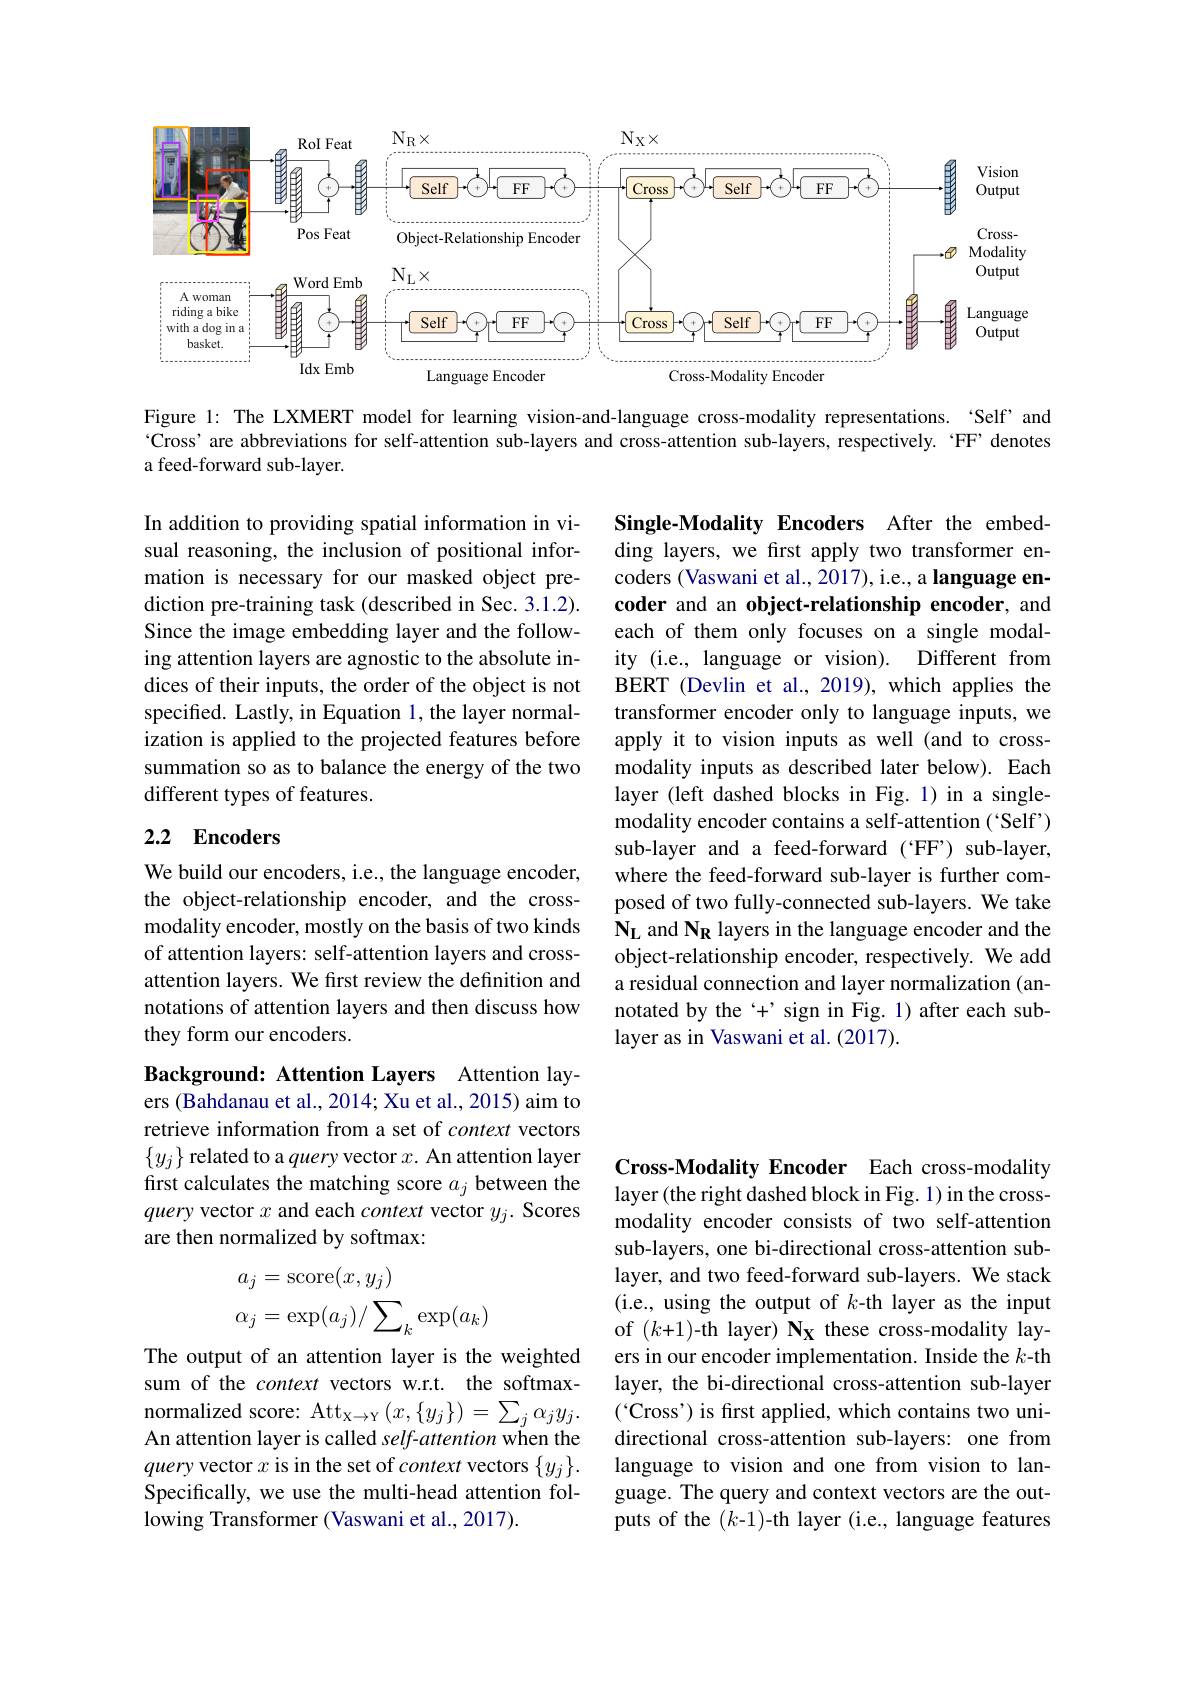
<FigureHere>

Figure 1: The LXMERT model for learning vision-and-language cross-modality representations. 'Self’and °Cross' are abbreviations for self-attention sub-layers and cross-attention sub-layers, respectively.`FF’denotes a feed-forward sub-layer.

In addition to providing spatial information in visual reasoning, the inclusion of positional information is necessary for our masked object prediction pre-training task (described in Sec. 3.1.2). Since the image embedding layer and the following attention layers are agnostic to the absolute indices of their inputs, the order of the object is not specifed. Lastly, in Equation 1, the layer normalization is applied to the projected features before summation so as to balance the energy of the two different types of features.

Single-Modality Encoders After the embedding layers, we first apply two transformer encoders (Vaswani et al., 2017), i.e., a language encoder and an object-relationship encoder, and each of them only focuses on a single modality (i.e., language or vision). Different from BERT (Devlin et al., 2019), which applies the transformer encoder only to language inputs, we apply it to vision inputs as well (and to crossmodality inputs as described later below). Each layer (left dashed blocks in Fig. 1) in a singlemodality encoder contains a self-attention (`Self') sub-layer and a feed-forward ('FF') sub-layer, where the feed-forward sub-layer is further composed of two fully-connected sub-layers. We take NL and NR layers in the language encoder and the object-relationship encoder, respectively. We add a residual connection and layer normalization (annotated by the $`+'$ sign in Fig. 1) after each sublayer as in Vaswani et al. (2017).

## 2.2 Encoders

We build our encoders, i.e., the language encoder, the object-relationship encoder, and the crossmodality encoder, mostly on the basis of two kinds of attention layers: self-attention layers and crossattention layers. We fırst review the defınition and notations of attention layers and then discuss how they form our encoders.

Background: Attention Layers Attention layers (Bahdanau et al., 2014; Xu et al., 2015) aim to retrieve information from a set of context vectors $\{y_j\}$ related to a query vector $x.$ An attention layer first calculates the matching score $a_j$ between the query vector $x$ and each context vector $y_j.$ Scores are then normalized by softmax:
$$\begin{aligned}a_j&=\operatorname{score}(x,y_j)\\\alpha_j&=\exp(a_j)/\sum_k\exp(a_k)\end{aligned}$$
Cross-Modality Encoder Each cross-modality layer (the right dashed block in Fig. 1) in the crossmodality encoder consists of two self-attention sub-layers, one bi-directional cross-attention sublayer, and two feed-forward sub-layers. We stack (i.e., using the output of $k$-th layer as the input of $(k+1)$-th layer) $\mathbf{N_X}$ these cross-modality layers in our encoder implementation. Inside the $k$-th layer, the bi-directional cross-attention sub-layer ('Cross') is first applied, which contains two unidirectional cross-attention sub-layers: one from language to vision and one from vision to language. The query and context vectors are the outputs of the $(k$-1)-th layer (i.e., language features

The output of an attention layer is the weighted sum of the context vectors w.r.t. the softmax- $\mathrm{normalized~score:~Att}_{\mathrm{X}\to\mathrm{Y}}\left(x,\{y_{j}\}\right)=\sum_{j}\alpha_{j}y_{j}.$ An attention layer is called self-attention when the query vector $x$ is in the set of context vectors $\{y_j\}.$ Specifically, we use the multi-head attention following Transformer (Vaswani et al., 2017).